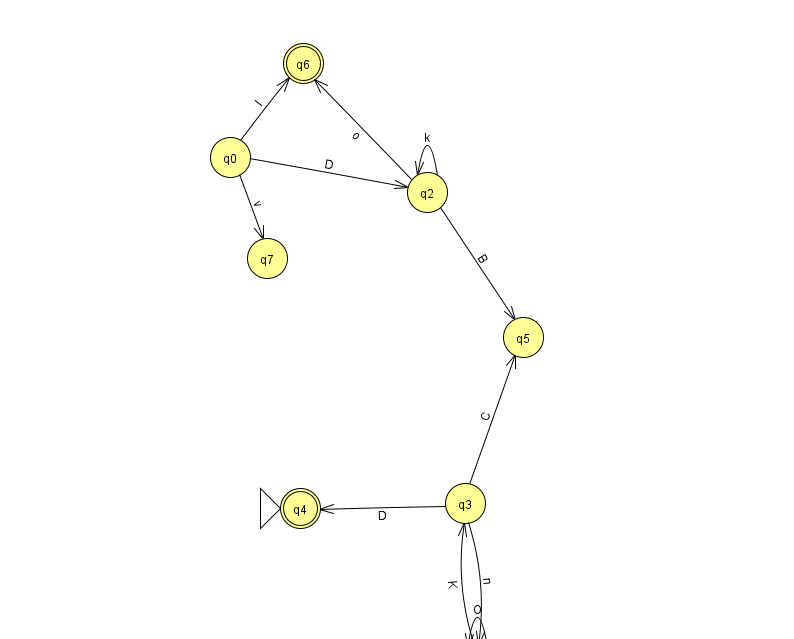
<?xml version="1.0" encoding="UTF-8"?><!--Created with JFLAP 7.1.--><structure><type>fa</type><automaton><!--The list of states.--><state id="0" name="q0"><x>230.0</x><y>144.0</y></state><state id="1" name="q1"><x>477.0</x><y>651.0</y></state><state id="2" name="q2"><x>427.0</x><y>179.0</y></state><state id="3" name="q3"><x>465.0</x><y>490.0</y></state><state id="4" name="q4"><x>300.0</x><y>495.0</y><initial/><final/></state><state id="5" name="q5"><x>523.0</x><y>324.0</y></state><state id="6" name="q6"><x>303.0</x><y>50.0</y><final/></state><state id="7" name="q7"><x>267.0</x><y>245.0</y></state><!--The list of transitions.--><transition><from>0</from><to>7</to><read>v</read></transition><transition><from>2</from><to>6</to><read>o</read></transition><transition><from>1</from><to>3</to><read>K</read></transition><transition><from>3</from><to>4</to><read>D</read></transition><transition><from>3</from><to>5</to><read>C</read></transition><transition><from>0</from><to>6</to><read>I</read></transition><transition><from>0</from><to>2</to><read>D</read></transition><transition><from>3</from><to>1</to><read>n</read></transition><transition><from>2</from><to>2</to><read>k</read></transition><transition><from>2</from><to>5</to><read>B</read></transition><transition><from>1</from><to>1</to><read>O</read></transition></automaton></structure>